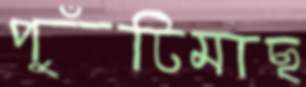
পুঁটিমাছ